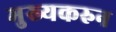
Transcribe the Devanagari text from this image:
मुख्यकरुन